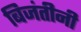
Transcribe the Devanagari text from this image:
बिजंतीनी